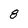
Character: 8